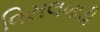
વિસલખાડી